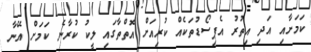
ކަމަށާއި އަދި އިތުރު އެޕިސޯޑުތަކެއް ކުރިއަށް އޮތްތާގައި ލީކު ކުރާނެ ކަމަށް އޭނާ